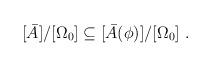
LaTeX: \begin{align*}[\bar{A}]/[\Omega_0] \subseteq [\bar{A}(\phi)]/[\Omega_0]\ .\end{align*}